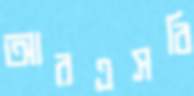
আরএসবি